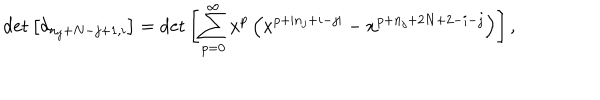
LaTeX: \det \left[ d _ { n _ { j } + N - j + 1 , i } \right] = \det \left[ \sum _ { p = 0 } ^ { \infty } x ^ { p } \left( x ^ { p + | n _ { j } + i - j | } - x ^ { p + n _ { j } + 2 N + 2 - i - j } \right) \right] ,